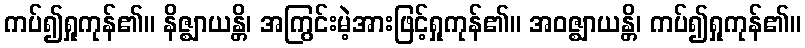
ကပ်၍ရှုကုန်၏။ နိဇ္ဈာယန္တိ၊ အကြွင်းမဲ့အားဖြင့်ရှုကုန်၏။ အဝဇ္ဈာယန္တိ၊ ကပ်၍ရှုကုန်၏။